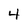
Character: 4